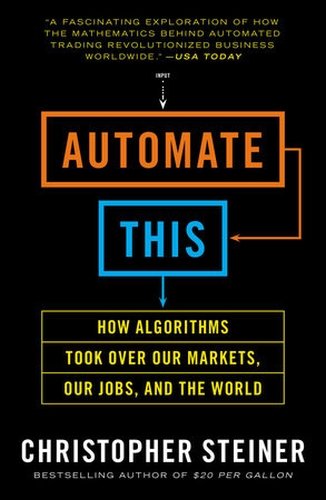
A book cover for The Ultimate Sales Machine: Turbocharge Your Business with Relentless Focus on 12 Key Strategies; Christopher Steiner; Computers & Technology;